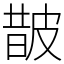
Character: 皵